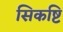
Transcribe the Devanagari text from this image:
सिकष्टि